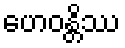
ဟေဝန္တိဿ